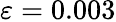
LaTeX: \varepsilon=0.003